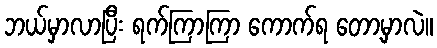
ဘယ်မှာလာပြီး ရက်ကြာကြာ ကောက်ရ တော့မှာလဲ။